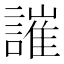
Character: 䜅